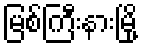
မြစ်ကြီးနားမြို့